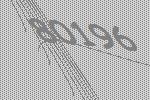
80196